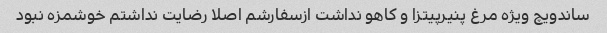
ساندویچ ویژه مرغ پنیرپیتزا و کاهو نداشت ازسفارشم اصلا رضایت نداشتم خوشمزه نبود